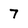
Character: 7